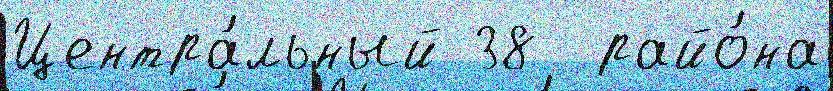
Центра́льный 38  райо́на